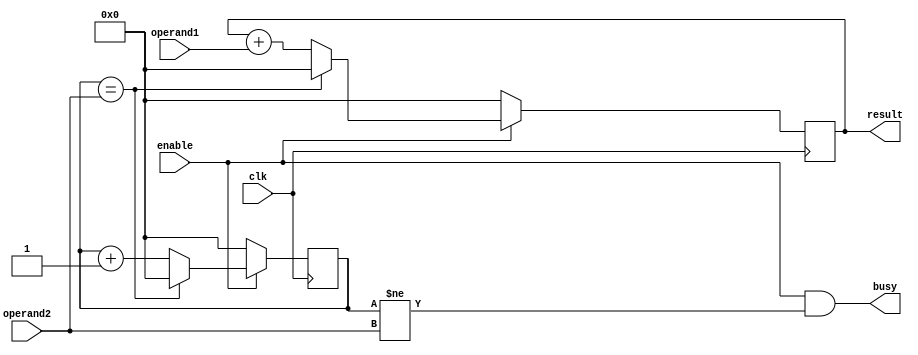
`timescale 1ns / 1ps
//////////////////////////////////////////////////////////////////////////////////
// Company: 
// Engineer: 
// 
// Design Name: 
// Module Name: ALU_mul
// Project Name: 
// Target Devices: 
// Tool Versions: 
// Description: 
// 
// Dependencies: 
// 
// Revision:
// Revision 0.01 - File Created
// Additional Comments:
// 
//////////////////////////////////////////////////////////////////////////////////


module ALU_mul #(
    parameter DATA_WIDTH = 4
)(
    input  clk,
    input  enable,
    output busy,
    input  [DATA_WIDTH - 1 : 0] operand1,
    input  [DATA_WIDTH - 1 : 0] operand2,
    output [DATA_WIDTH - 1 : 0] result
);
    // cnt: counter
    reg [DATA_WIDTH - 1 : 0] cnt;
    always @(posedge clk) begin
        if (!enable) begin
            cnt <= 0;
        end else begin
            if (cnt == operand2) begin
                cnt <= 0;
            end else begin
                cnt <= cnt + 1'b1;
            end
        end
    end

    // result
    reg [DATA_WIDTH - 1 : 0] result_r;
    assign result = result_r;
    always @(posedge clk) begin
        if (!enable) begin
            result_r <= 0;
        end else begin
            if (cnt == operand2) begin
                result_r <= 0;
            end else begin
                result_r <= result_r + operand1;
            end
        end
    end

    // busy
    assign busy = enable & (cnt != operand2);

endmodule